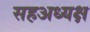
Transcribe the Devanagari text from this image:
सहअध्यक्ष